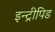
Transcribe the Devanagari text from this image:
इन्ट्रीपिड